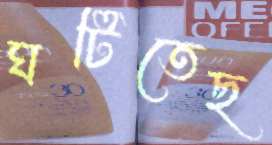
ঘটিতেছ